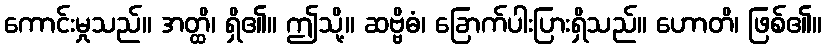
ကောင်းမှုသည်။ အတ္ထိ၊ ရှိ၏။ ဤသို့။ ဆဗ္ဗိဓံ၊ ခြောက်ပါးပြားရှိသည်။ ဟောတိ၊ ဖြစ်၏။